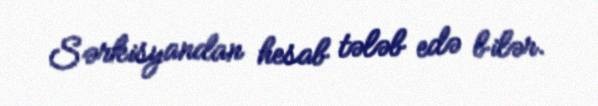
Sərkisyandan hesab tələb edə bilər.